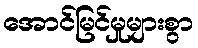
အောင်မြင်မှုများစွာ